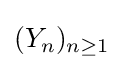
(Y_{n})_{n\geq 1}